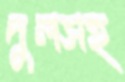
দুলসহ